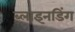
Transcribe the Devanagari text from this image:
ब्लाइनडिंग